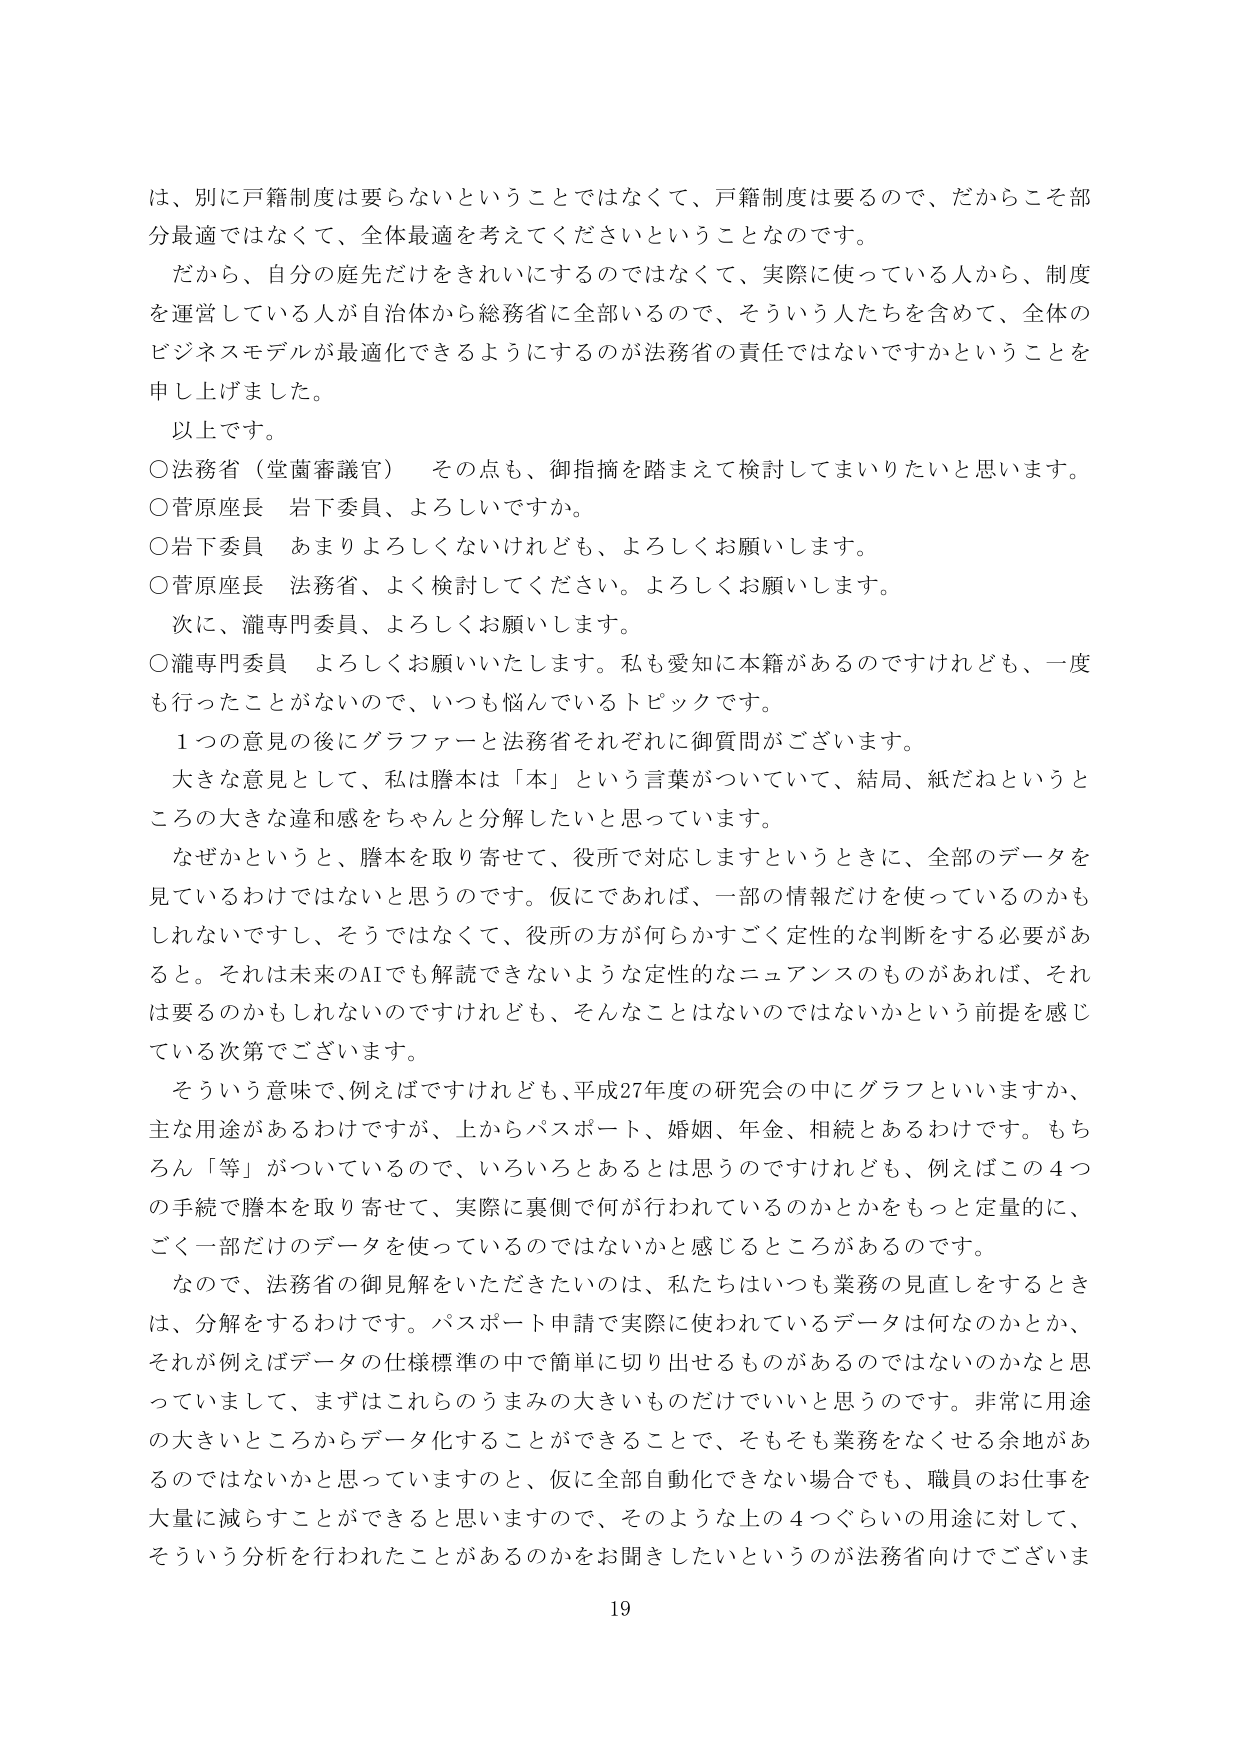
は、別に戸籍制度は要らないということではなくて、戸籍制度は要るので、だからこそ部分最適ではなくて、全体最適を考えてくださいということなのです。

だから、自分の庭先だけをきれいにするのではなくて、実際に使っている人から、制度を運営している人が自治体から総務省に全部いるので、そういう人たちを含めて、全体のビジネスモデルが最適化できるようにするのが法務省の責任ではないですかということを申し上げました。

以上です。

○法務省（堂菌審議官）　その点も、御指摘を踏まえて検討してまいりたいと思います。

○菅原座長　岩下委員、よろしいですか。

○岩下委員　あまりよろしくないけれども、よろしくお願いします。

○菅原座長　法務省、よく検討してください。よろしくお願いします。

次に、瀧専門委員、よろしくお願いします。

○瀧専門委員　よろしくお願いいたします。私も愛知に本籍があるのですけれども、一度も行ったことがないので、いつも悩んでいるトピックです。

１つの意見の後にグラファーと法務省それぞれに御質問がございます。

大きな意見として、私は謄本は「本」という言葉がついていて、結局、紙だねというところの大きな違和感をちゃんと分解したいと思っています。

なぜかというと、謄本を取り寄せて、役所で対応しますというときに、全部のデータを見ているわけではないと思うのです。仮にであれば、一部の情報だけを使っているのかもしれないですし、そうではなくて、役所の方が何らかすごく定性的な判断をする必要があると。それは未来のAIでも解読できないような定性的なニュアンスのものがあれば、それは要るのかもしれないのですけれども、そんなことはないのではないかという前提を感じている次第でございます。

そういう意味で、例えばですけれども、平成27年度の研究会の中にグラフといいますか、主な用途があるわけですが、上からパスポート、婚姻、年金、相続とあるわけです。もちろん「等」がついているので、いろいろとあるとは思うのですけれども、例えばこの４つの手続で謄本を取り寄せて、実際に裏側で何が行われているのかとかをもっと定量的に、ごく一部だけのデータを使っているのではないのかと感じるところがあるのです。

なので、法務省の御見解をいただきたいのは、私たちはいつも業務の見直しをするときは、分解をするわけです。パスポート申請で実際に使われているデータは何なのかとか、それが例えばデータの仕様標準の中で簡単に切り出せるものがあるのではないかなと思っていまして、まずはこれらのうまみの大きいものだけでいいと思うのです。非常に用途の大きいところからデータ化することができることで、そもそも業務をなくせる余地があるのではないかと思っていますので、仮に全部自動化できない場合でも、職員のお仕事を大量に減らすことができると思いますので、そのような上の４つぐらいの用途に対して、そういう分析が行われたことがあるのかをお聞きしたいというのが法務省向けでございま

19